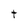
Character: t